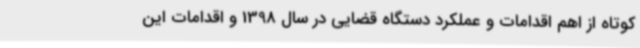
کوتاه از اهم اقدامات و عملکرد دستگاه قضایی در سال 1398 و اقدامات این